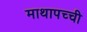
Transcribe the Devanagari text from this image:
माथापच्‍ची